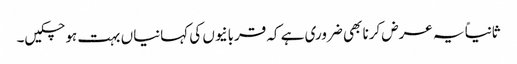
ثانیاً یہ عرض کرنا بھی ضروری ہے کہ قربانیوں کی کہانیاں بہت ہو چکیں۔